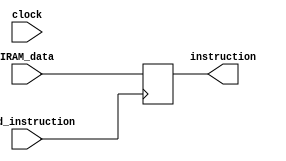
module IR(  input clock,
			input wire [15:0] IRAM_data, // data bus from IRAM
			input wire load_instruction, //control signal
			output reg [15:0] instruction); // output bus


initial
begin
instruction=16'b0; // Setting to zero at very begining
end	
						
always @(posedge load_instruction)
begin
instruction=IRAM_data; //at every pos edge IRAM data is written
end

endmodule